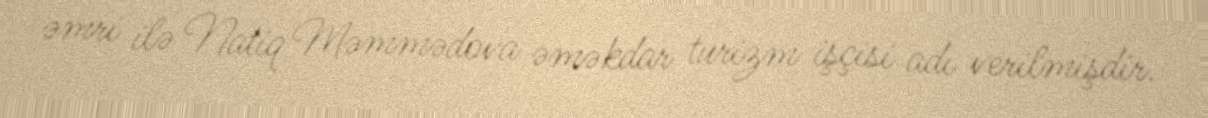
əmri ilə Natiq Məmmədova əməkdar turizm işçisi adı verilmişdir.